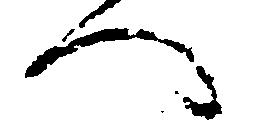
へ